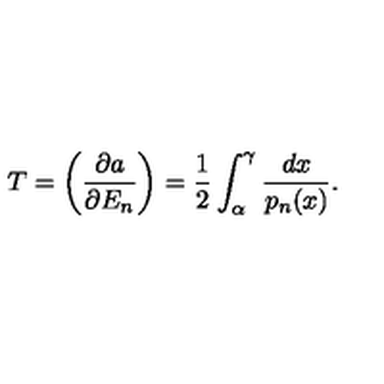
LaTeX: T = \left( \frac { \partial a } { \partial E _ { n } } \right) = \frac { 1 } { 2 } \int _ { \alpha } ^ { \gamma } \frac { d x } { p _ { n } ( x ) } .